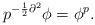
LaTeX: \begin{align*}p^{-\frac{1}{2}\partial^2}\phi=\phi^p. \end{align*}